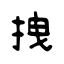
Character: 拽